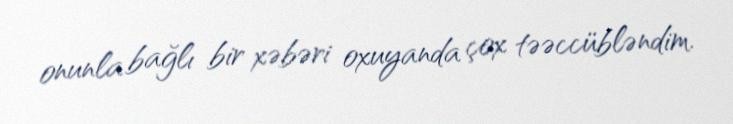
onunla bağlı bir xəbəri oxuyanda çox təəccübləndim.